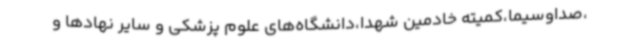
،صداوسیما،کمیته خادمین شهدا،دانشگاه‌های علوم پزشکی و سایر نهادها و